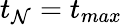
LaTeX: t_{\mathcal{N}}=t_{max}